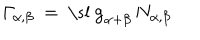
\mathit { \Gamma } _ { \alpha , \beta } ~ = ~ \mathrm { \ s l ~ g } _ { \alpha + \beta } \, N _ { \alpha , \beta }